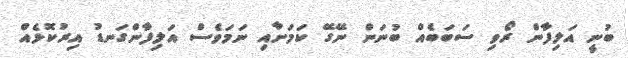
ބުނީ އަލިފާން ރޯވި ސަބަބެއް ބުނަން ނޭގޭ ކަމަށާއި ނަމަވެސް އަލިފާންގަނޑު އިރުކޮޅެއް